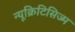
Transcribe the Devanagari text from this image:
न्यूक्रिटिसिज्म